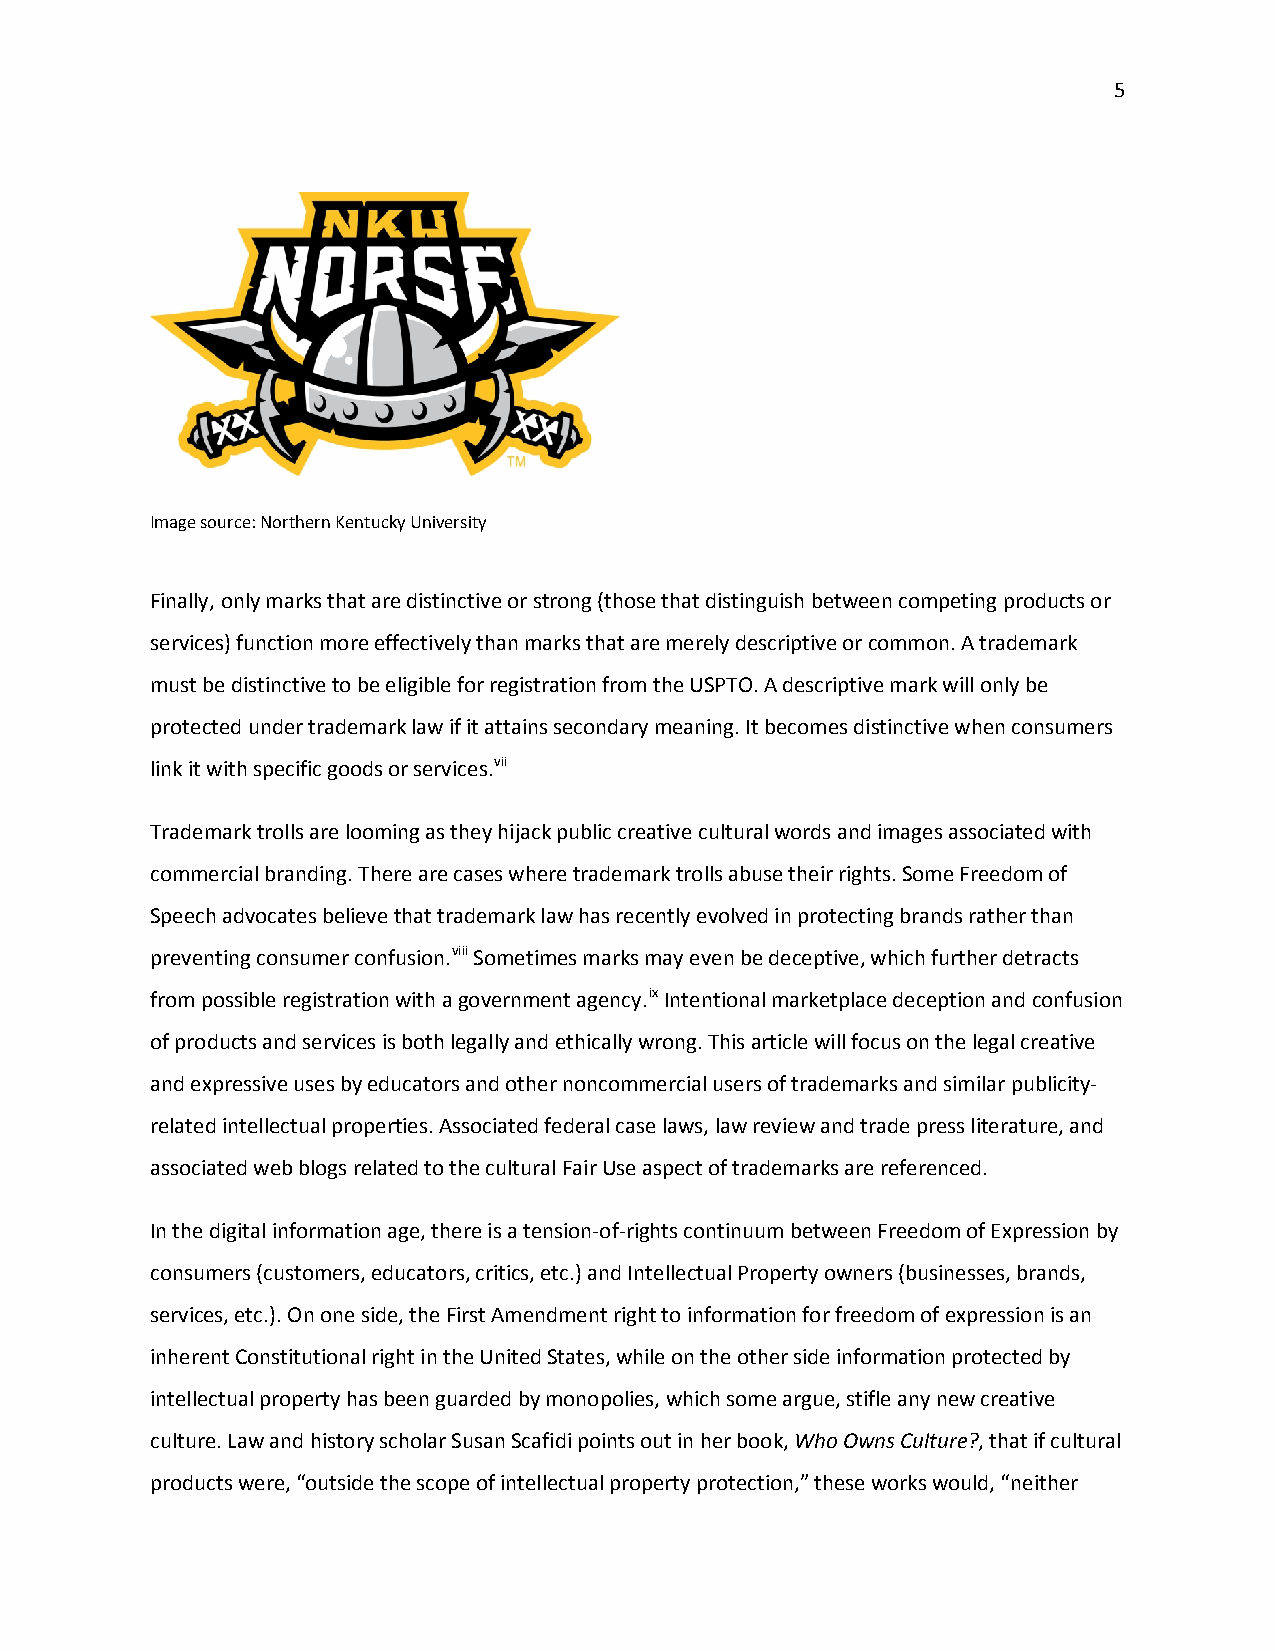
5
 Image source: Northern Kentucky University
 Finally, only marks that are distinctive or strong (those that distinguish between competing products or
 services) function more effectively than marks that are merely descriptive or common. A trademark
 must be distinctive to be eligible for registration from the USPTO. A descriptive mark will only be
 protected under trademark law if it attains secondary meaning. It becomes distinctive when consumers
 link it with specific goods or services.vii
 Trademark trolls are looming as they hijack public creative cultural words and images associated with
 commercial branding. There are cases where trademark trolls abuse their rights. Some Freedom of
 Speech advocates believe that trademark law has recently evolved in protecting brands rather than
 preventing consumer confusion.viii Sometimes marks may even be deceptive, which further detracts
 from possible registration with a government agency.ix Intentional marketplace deception and confusion
 of products and services is both legally and ethically wrong. This article will focus on the legal creative
 and expressive uses by educators and other noncommercial users of trademarks and similar publicity-
 related intellectual properties. Associated federal case laws, law review and trade press literature, and
 associated web blogs related to the cultural Fair Use aspect of trademarks are referenced.
 In the digital information age, there is a tension-of-rights continuum between Freedom of Expression by
 consumers (customers, educators, critics, etc.) and Intellectual Property owners (businesses, brands,
 services, etc.). On one side, the First Amendment right to information for freedom of expression is an
 inherent Constitutional right in the United States, while on the other side information protected by
 intellectual property has been guarded by monopolies, which some argue, stifle any new creative
 culture. Law and history scholar Susan Scafidi points out in her book, Who Owns Culture?, that if cultural
 products were, “outside the scope of intellectual property protection,” these works would, “neither